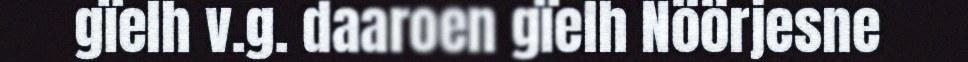
gïelh v.g. daaroen gïelh Nöörjesne